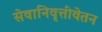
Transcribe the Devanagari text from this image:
सेवानिवृत्तीवेतन